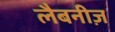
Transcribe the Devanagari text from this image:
लैबनीज़